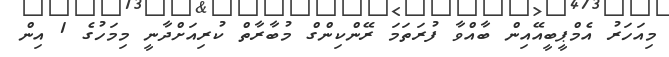
މިއަހަރު އެމްޕީބީއޭއިން ބާއްވާ ފުރަތަމަ ރޭންކިންގް މުބާރާތް ކުރިއަށްދާނީ މިމަހުގެ 1 އިން